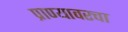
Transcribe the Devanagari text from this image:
प्राण्यावरचा